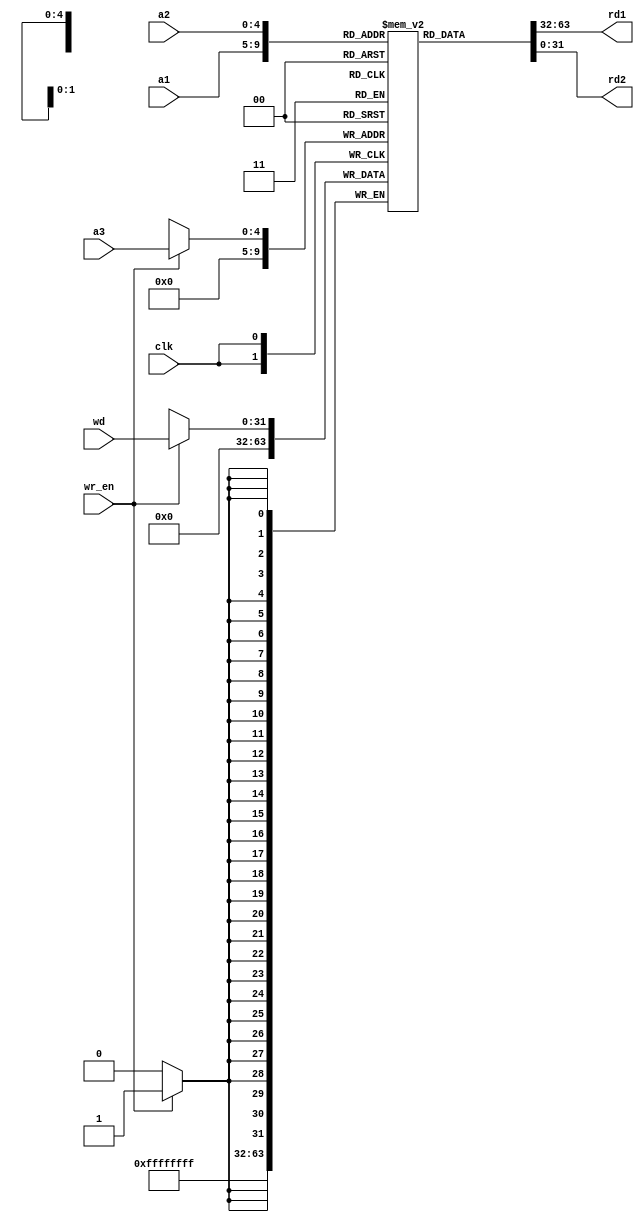

module Reg_File(clk, wr_en, a1, a2, a3, wd, rd1, rd2);

input wire[0:0] clk, wr_en;
input wire[4:0] a1, a2, a3;
input wire[31:0] wd;
output wire[31:0] rd1, rd2;

reg [0:31] internal_registers [31:0]; 

always @(posedge clk) begin

if(wr_en) internal_registers[a3] = wd;
internal_registers[0] = 32'b0;

end

assign rd1 = internal_registers[a1];
assign rd2 = internal_registers[a2];

endmodule